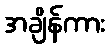
အချိန်ကား